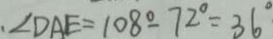
\angle D A E = 1 0 8 ^ { \circ } - 7 2 ^ { \circ } = 3 6 ^ { \circ }